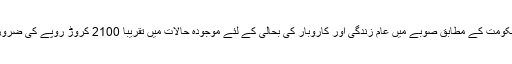
کیرالہ حکومت کے مطابق صوبے میں عام زندگی اور کاروبار کی بحالی کے لئے موجودہ حالات میں تقریبا 2100 کروڑ روپے کی ضرورت ہے۔